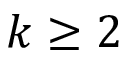
k \geq 2